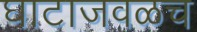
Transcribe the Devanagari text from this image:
घाटाजवळच